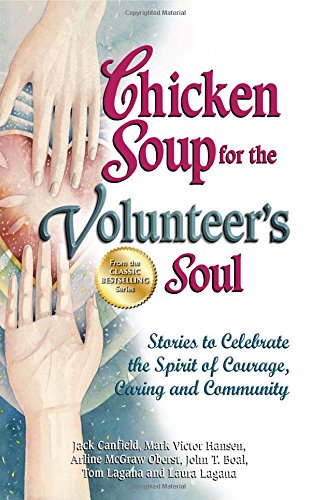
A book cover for Chicken Soup for the Volunteer's Soul: Stories to Celebrate the Spirit of Courage, Caring and Community (Chicken Soup for the Soul); Jack Canfield; Business & Money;